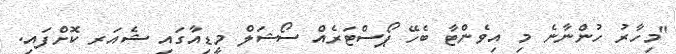
"މިހާރު ހުންނާނެ މި އިވެންޓާ ބެހޭ ޕޯސްޓަރެއް ސޯޝަލް މީޑިއާގައި ޝެއަރ ކޮށްފައި.